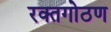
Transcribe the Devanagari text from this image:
रक्तगोठण